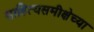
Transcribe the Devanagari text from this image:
साहित्यसमीक्षेच्या